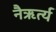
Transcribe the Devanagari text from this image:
नैऋर्त्य